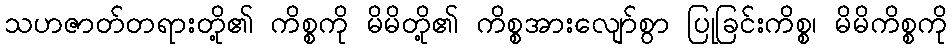
သဟဇာတ်တရားတို့၏ ကိစ္စကို မိမိတို့၏ ကိစ္စအားလျော်စွာ ပြုခြင်းကိစ္စ၊ မိမိကိစ္စကို